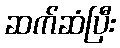
ဆက်ဆံပြီး